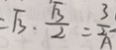
= \sqrt { 3 } \cdot \frac { \sqrt { 3 } } { 2 } = \frac { 3 } { 2 }